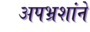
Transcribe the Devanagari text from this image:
अपभ्रशांने